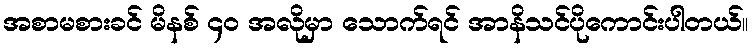
အစာမစားခင် မိနစ် ၄၀ အလိုမှာ သောက်ရင် အာနိသင်ပိုကောင်းပါတယ်။